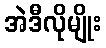
အဲဒီလိုမျိုး